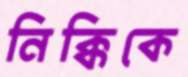
নিক্কিকে